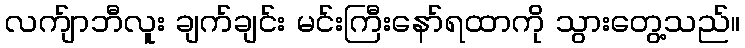
လက်ျာဘီလူး ချက်ချင်း မင်းကြီးနော်ရထာကို သွားတွေ့သည်။